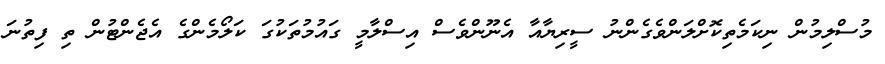
މުސްލިމުން ނިކަމެތިކޮށްލަންވެގެންނު ސީރިޔާއާ އެނޫންވެސް އިސްލާމީ ގައުމުތަކުގަ ކަލޯމެންގެ އެޖެންޓުން ތި ފިތުނަ